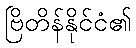
ဗြိတိန်နိုင်ငံ၏